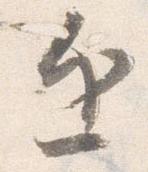
近